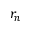
r _ { n }